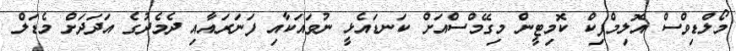
މޯލްޑިވްސް އޮލިމްޕިކް ކޮމިޓީން މިގޭމްސްއަށް ކަނޑައެޅީ ނުވައަކާއި ފަނަރައާއި ދެމެދުގެ އަދަދަށް މެޑަލް